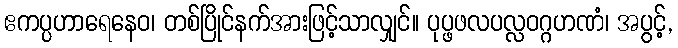
ဧကပ္ပဟာရေနေဝ၊ တစ်ပြိုင်နက်အားဖြင့်သာလျှင်။ ပုပ္ဖဖလပလ္လဝဂ္ဂဟဏံ၊ အပွင့်,